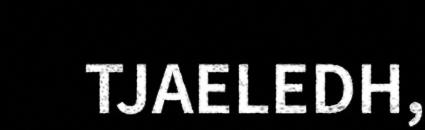
TJAELEDH,